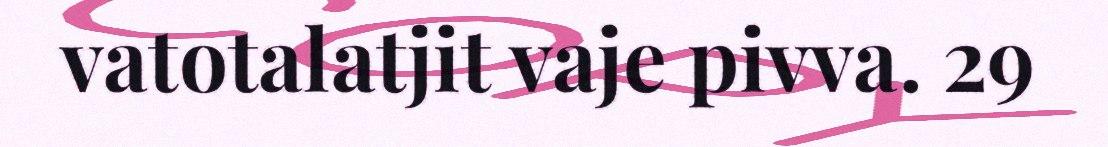
vatotalatjit vaje pivva. 29